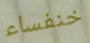
خنفساء